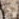
هل